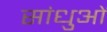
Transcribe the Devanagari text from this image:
सांधुओं